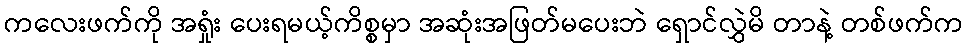
ကလေးဖက်ကို အရှုံး ပေးရမယ့်ကိစ္စမှာ အဆုံးအဖြတ်မပေးဘဲ ရှောင်လွှဲမိ တာနဲ့ တစ်ဖက်က